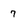
Character: 7